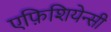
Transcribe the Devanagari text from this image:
एफ़िशियेन्सी